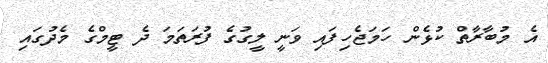
އެ މުބާރާތް ކުޅެން ހަމަޖެހިފައި ވަނީ ލީގުގެ ފުރަތަމަ ދެ ޓީމްގެ މެދުގައި